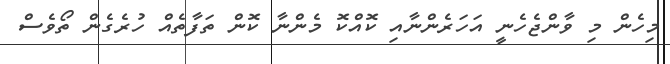
މިހެން މި ވާންޖެހެނީ އަހަރެންނާއި ކޮއްކޮ މެންނާ ކޮން ތަފާތެއް ހުރެގެން ތޯވެސް